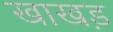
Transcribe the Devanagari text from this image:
खाखड़